Annual report on the lock hospitals of the Madras Presidency
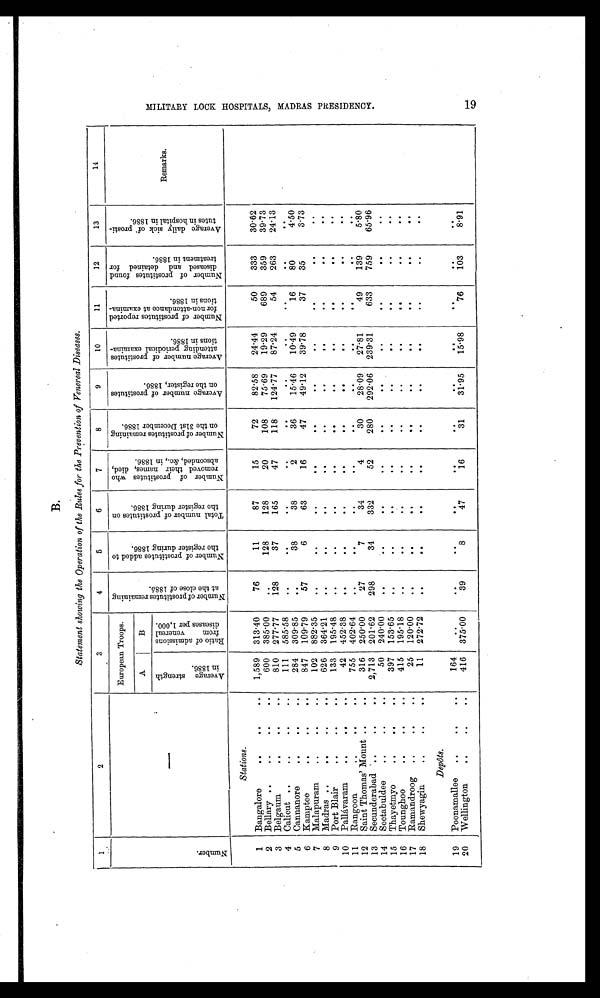
B .
Statement showing the Operation of the Rules for the Prevention of Venereal Diseases.
1
2
3
4
5
6
7
8
9
10
11 12
13
14
N u m b e r .
European Troops.
N u m b e r o f p r o s t i t u t e s r e m a i n i n g a t t h e c l o s e o f 1 8 8 5 .
N u m b e r o f p r o s t i t u t e s a d d e d t o t h e r e g i s t e r d u r i n g 1 8 8 6 .
T o t a l n u m b e r o f p r o s t i t u t e s o n t h e r e g i s t e r d u r i n g 1 8 8 6 .
N u m b e r o f p r o s t i t u t e s w h o r e m o v e d t h e i r n a m e s , d i e d , a b s c o n d e d , & a m p ; c . , i n 1 8 8 6 .
N u m b e r o f p r o s t i t u t e s r e m a i n i n g o n t h e 3 1 s t D e c e m b e r 1 8 8 6 .
A v e r a g e n u m b e r o f p r o s t i t u t e s o n t h e r e g i s t e r , 1 8 8 6 .
A v e r a g e n u m b e r o f p r o s t i t u t e s a t t e n d i n g p e r i o d i c a l e x a m i n a t i o n s i n 1 8 8 6 .
N u m b e r o f p r o s t i t u t e s r e p o r t e d f o r n o n - a t t e n d a n c e a t e x a m i n a t i o n s i n 1 8 8 6 .
n u m b e r o f p r o s t i t u t e s f o u n d d i s e a s e d a n d d e t a i n e d f o r t r e a t m e n t i n 1 8 8 6 .
A v e r a g e d a i l y s i c k o f p r o s t i t u t e s i n h o s p i t a l i n 1 8 8 6 .
Remarks.
A
B
A v e r a g e s t r e n g t h i n 1 8 8 6 .
R a t i o o f a d m i s s i o n s f r o m v e n e r e a l d i s e a s e s p e r 1 , 0 0 0 .
Stations.
1 Bangalore
..
. .
. .
1,589 313.40
76
11
87
15
72
82.58
24.44
50
333
30.62
2 Bellary ..
..
. .
. .
600 385.00
..
128
128
20
108
75.69
19.29
689
359
39.73
3 Belgaum
..
. . ..
810 277.77
128
37
165
47
118
124.77
87.24
54
263
24.13
4 Calicut ..
..
. .
..
111 585.58
. .
. .
..
..
. .
..
..
..
. .
. .
5 Cannanore
..
. .
..
284 309.85
. .
38
38
2
36
15.46
10.49
16
80
4.50
6 Kamptee ..
. .
..
8 4 7 109.79
57
6
63
16
47
49.12
39.78
37
35
3.73
7 Malapuram
..
. .
..
102 882.35
. .
..
..
. .
. .
. .
. .
. .
. .
. .
8 Madras ..
..
..
..
626 364.21
. .
..
..
..
..
. . ..
. .
. .
. .
9 Port Blair
..
. .
..
133 195.48
..
. .
. .
. .
. .
..
. .
. .
. .
. .
10 Pallávaram
..
..
. .
42 452.38
. .
..
..
. .
..
. . ..
. .
. .
. .
11 Rangoon
..
..
..
755 402.64
. .
. .
..
..
. .
. .
. .
. .
. .
. .
12 Saint Thomas' Mount ..
..
316 250.00
27
7
34
4
30
28.09
27.81
49
139
5.80
13 Secunderabad ..
. .
. .
2,713 201.62
298
34
332
52
280
292.06 239.31
633
759
65.96
14 Seetabuldee
..
. .
. .
50 240.00
. .
. .
. .
. .
. .
. .
. .
. .
. .
. .
15 Thayetmyo
..
..
. .
397 153.65
..
. .
..
. .
..
. . ..
. .
. .
. .
16 Tounghoo
..
..
..
415 195.18
. .
. .
. .
..
. .
. . ..
. .
. .
. .
17 Ramandroog ..
..
. .
25 120.00
. .
. .
..
. .
. .
. . ..
. .
. .
. .
18 Shewyagin
..
..
..
11 272.72
. .
. .
. .
. .
. .
. .
. .
. .
. .
..
Depôts.
19 Poonamallee ..
..
. .
164
. .
. .
. .
. .
..
. .
. .
. .
. .
. .
. .
20 Wellington
..
..
. .
416 375.00
39
8
47
16
31
31.95
15.98
76
103
8.91